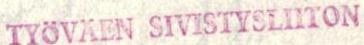
TYÖVÄEN SIVISTYSLIITON